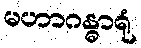
မဟာဂန္ဓာရုံ